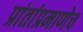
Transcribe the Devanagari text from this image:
प्रांतांप्रमाणेच